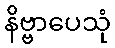
နိဗ္ဗာပေသုံ